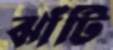
ঝাঁটি